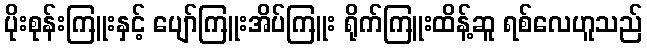
ပိုးစုန်းကြူးနှင့် ပျော်ကြူးအိပ်ကြူး ရိုက်ကြူးထိန့်ဆူ ရစ်လေဟူသည်